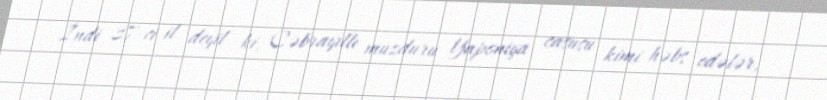
İndi 37-ci il deyil ki, Cəbrayıllı muzduru Yaponiya casusu kimi həbs edələr,